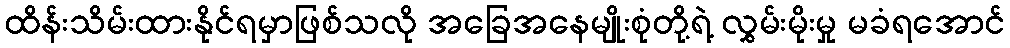
ထိန်းသိမ်းထားနိုင်ရမှာဖြစ်သလို အခြေအနေမျိုးစုံတို့ရဲ့ လွှမ်းမိုးမှု မခံရအောင်